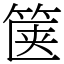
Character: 箧